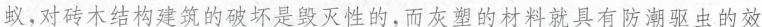
蚁，对砖木结构建筑的破坏是毁灭性的，而灰塑的材料就具有防潮驱虫的效